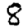
Digit: 8